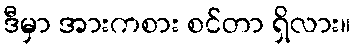
ဒီမှာ အားကစား စင်တာ ရှိလား။